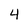
Character: 4